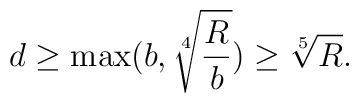
d\geq \max (b,\sqrt[4]{\frac{R}{b}})\geq \sqrt[5]{R}.